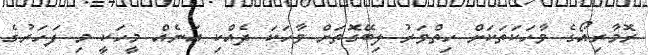
ރޮމާރިއޯގެ ވާހަކަތަކަށް ހިތްވަރު ލިބޭގޮތަށް ވާހަކަ ދެއްކި އަނެއް މީހަކީ މި ފަހަރުގެ